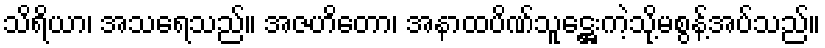
သိရိယာ၊ အသရေသည်။ အဇဟိတော၊ အနာထပိဏ်သူဋ္ဌေးကဲ့သို့မစွန့်အပ်သည်။